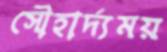
সৌহার্দ্যময়